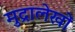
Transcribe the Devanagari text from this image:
मुद्रालेखों